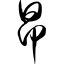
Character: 昂